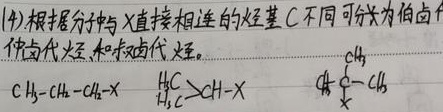
(4)根据分子中与\(X\)直接相连的烃基\(C\)不同可分为伯卤代烃、仲卤代烃和叔卤代烃。
\(CH_{3}-CH_{2}-CH_{2}-X\)
\(CH_{3}\overset{H}{\underset{H}{C}}CH - X\)
\(\overset{CH_{3}}{\underset{CH_{3}}{C}}-X\)